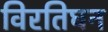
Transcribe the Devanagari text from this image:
विरतिघन